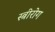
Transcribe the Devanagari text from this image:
स्‍त्रीरोग